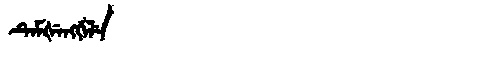
Manchu: ᡨᡝᠮᡧᡝᠩᡤᡝᠯᡝ
Romanization: TEMŠENGGELE